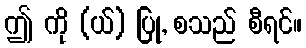
ဤ ကို (ယ်) ပြု, စသည် စီရင်။